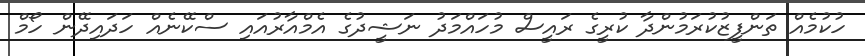
ހުކުމެއް ތަންފީޒުކުރަމުންދާ ކުރީގެ ރައީސް މުހައްމަދު ނަޝީދުގެ އެމްއާރުއައި ސްކޭނެއް ހަދައިދޭން ހޯމް